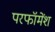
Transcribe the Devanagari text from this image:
परफॉमेंश